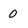
Character: 0